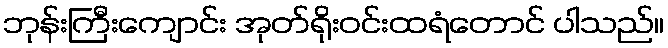
ဘုန်းကြီးကျောင်း အုတ်ရိုးဝင်းထရံတောင် ပါသည်။